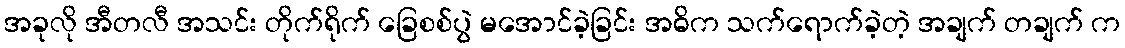
အခုလို အီတလီ အသင်း တိုက်ရိုက် ခြေစစ်ပွဲ မအောင်ခဲ့ခြင်း အဓိက သက်ရောက်ခဲ့တဲ့ အချက် တချက် က